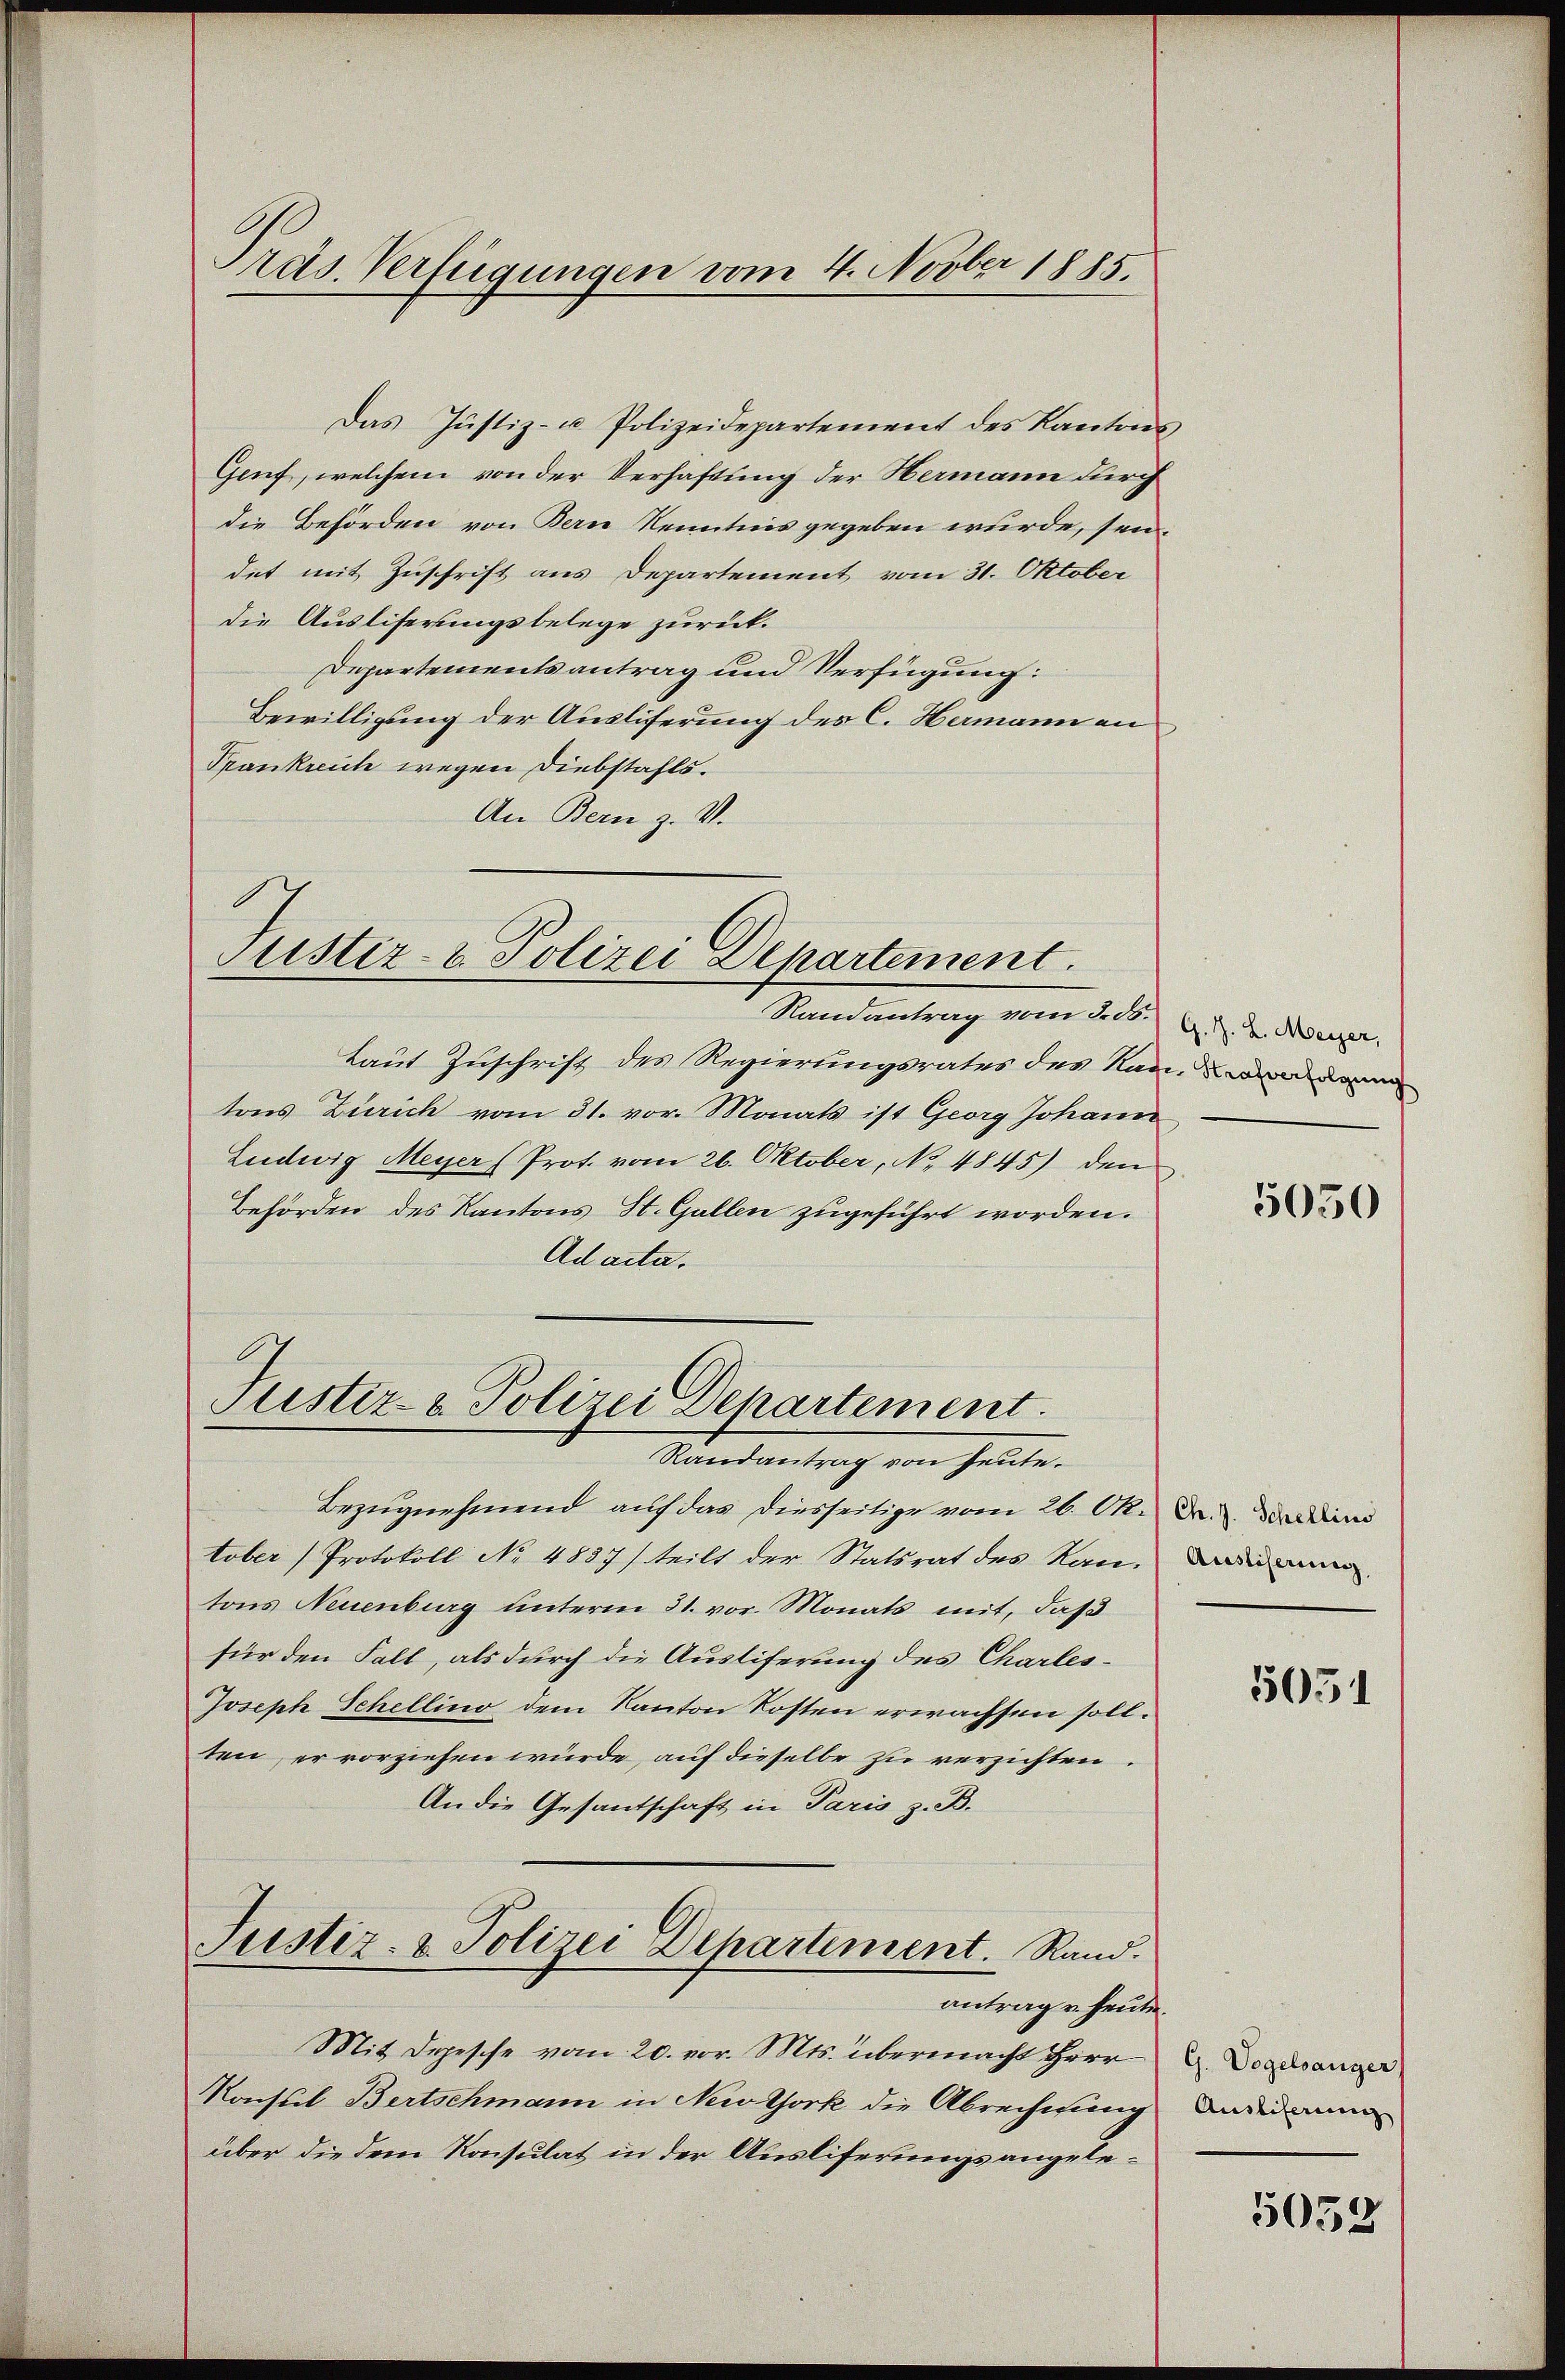
Das Justiz- u. Polizeidepartement des Kantons
Genf, welchem von der Verhaftung der Hermann durch
die Behörden von Bern Kenntnis gegeben wurde, sei,
det mit Zuschrift aus Departement vom 31. Oktober
die Ausliferungsbelege zurück.
Departementsantrag und Verfügung:
Bewilligung der Ausliferung des C. Hermann an
Prankreich wegen Diebstafts¬
An Bern z. V.

Tras. Verfügungen vom 4. Novber 1885.

Justiz- & Polizei Departement.

Randantrag vom 3. d. d. d. d. Meier,
Laut Zuschrift des Regierungsrates des Nan-wa
tons Zürich vom 31. vor. Monats ist Georg Johann
Ludwig Meyer (Prot. vom 26. Oktober, No 4845) den
Behörden des Kantons St. Gallen zugeführt worden.
Ad acta.

Justiz- & Polizei Departement.
Randantrag von heute.

Bezŭgnehmend auf das diesseitige vom 26. Ok. Dr. din
tober Protokoll No 4837) teilt der Statsrat des Kandi
tons Neuenburg unterm 31. vor. Monats mit, daß
für den Fall, als durch die Ausliferung des Charles¬
Joseph Schellino dem Kanton Kosten erwachsen soll.
ten, er vorziehen würde, auf dieselbe zu verzichten.
An die Gesantschaft in Paris z. B.
Justiz- & Polizei Departement. Rand.
antrag u. heute.
Mit Depesche vom 20. vor. Mts. übermacht Herr
Konstil Bertschmann in New York die Abrechnung
über die dem Konsulat in der Ausliferungs angele¬

5050

5051

G. Vogelsanger
Ausliferung

5052